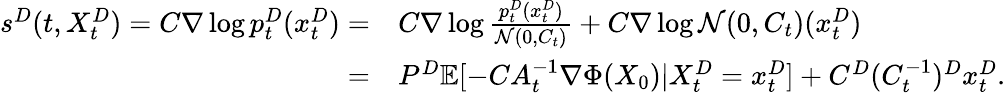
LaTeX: \begin{array}{rl}{s^{D}(t,X_{t}^{D})=C\nabla\log p_{t}^{D}(x_{t}^{D})=}&{C\nabla\log\frac{p_{t}^{D}(x_{t}^{D})}{\mathcal{N}(0,C_{t})}+C\nabla\log\mathcal{N}(0,C_{t})(x_{t}^{D})}\\ {=}&{P^{D}\mathbb{E}[-CA_{t}^{-1}\nabla\Phi(X_{0})|X_{t}^{D}=x_{t}^{D}]+C^{D}(C_{t}^{-1})^{D}x_{t}^{D}.}\end{array}